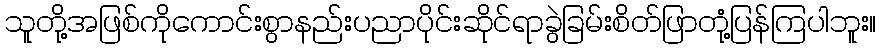
သူတို့အဖြစ်ကိုကောင်းစွာနည်းပညာပိုင်းဆိုင်ရာခွဲခြမ်းစိတ်ဖြာတုံ့ပြန်ကြပါဘူး။